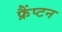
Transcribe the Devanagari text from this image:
फ्रैंप्टन